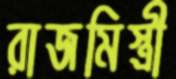
রাজমিস্ত্রী